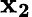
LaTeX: \mathbf{x_{2}}